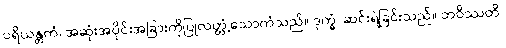
ပရိယန္တကံ၊ အဆုံးအပိုင်းအခြားကိုပြုလတ္တံ့သောကံသည်။ ဒုက္ခံ၊ ဆင်းရဲခြင်းသည်။ ဘဝိဿတိ၊